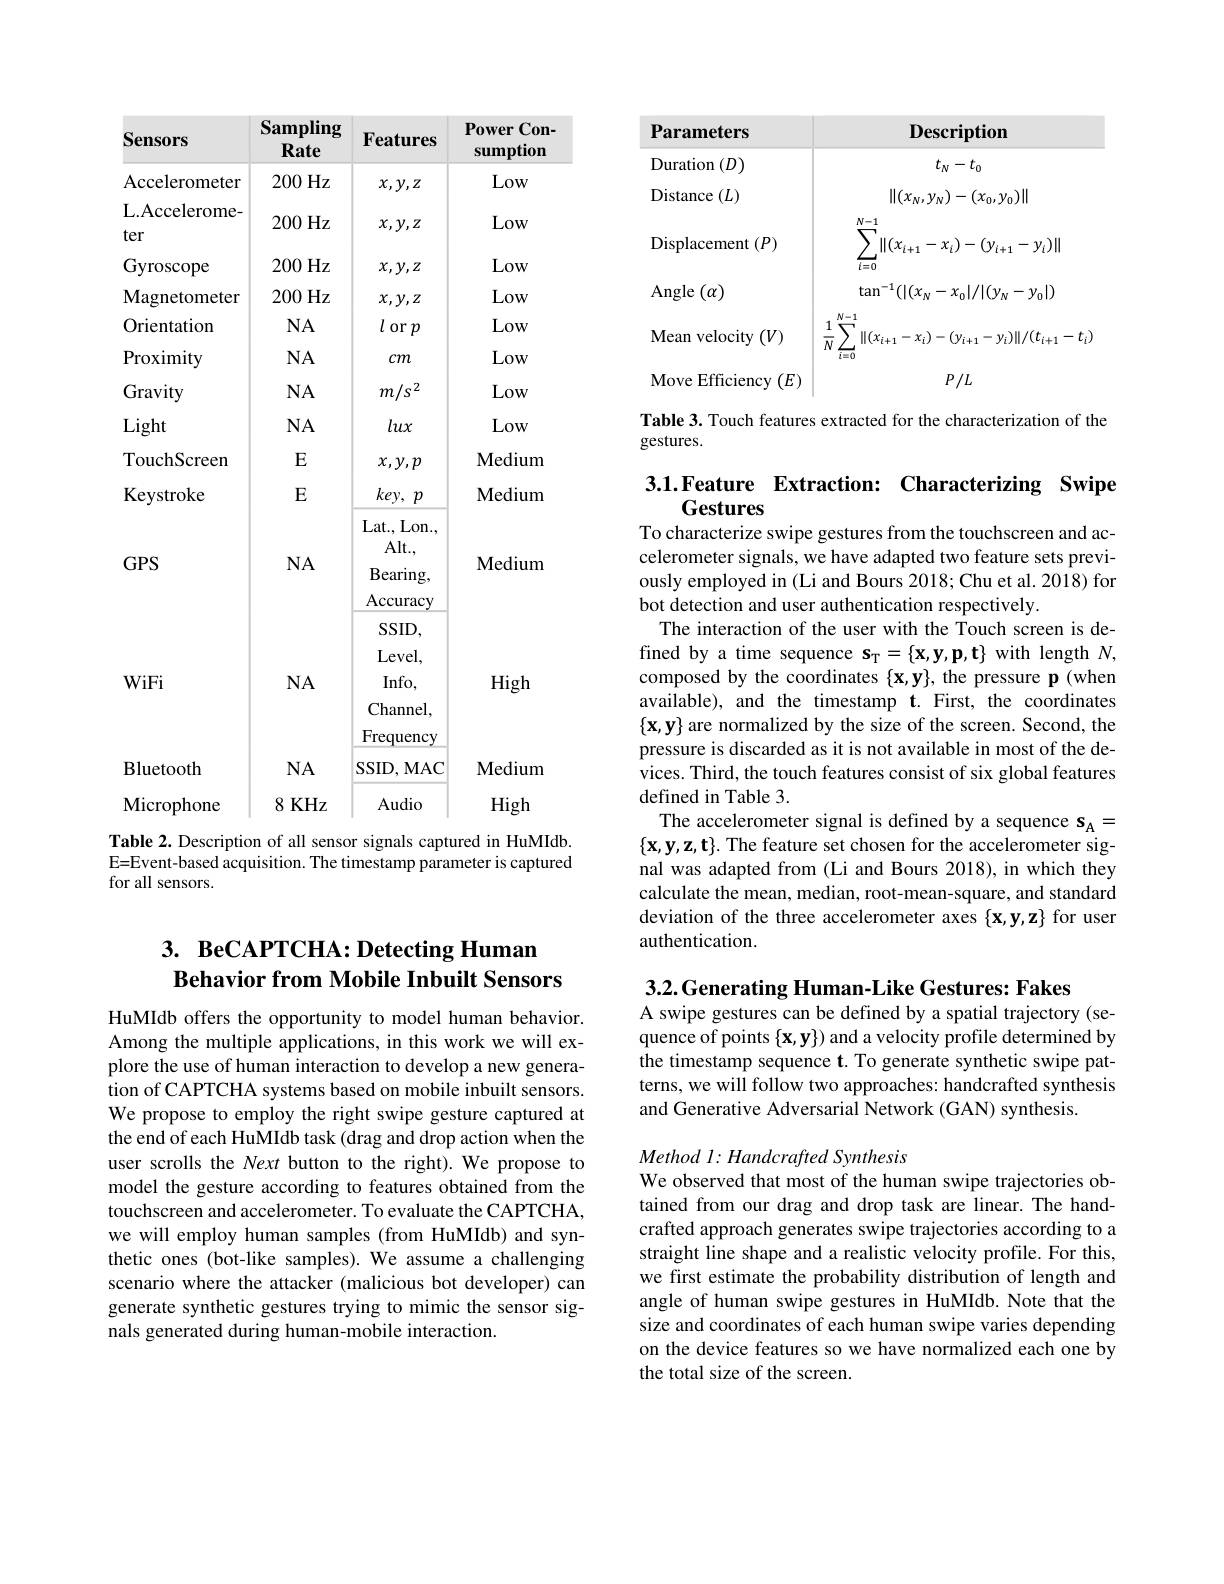
<table>
	<tbody>
		<tr>
			<th>Sensors</th>
			<th>Sampling Rate</th>
			<th>Features</th>
			<th>Power Con- sumption</th>
		</tr>
		<tr>
			<td>Accelerometer</td>
			<td>200Hz</td>
			<td>$x,y,z$</td>
			<td>Low</td>
		</tr>
		<tr>
			<td>L.Accelerome- ter</td>
			<td>200Hz</td>
			<td>$x,y,z$</td>
			<td>Low</td>
		</tr>
		<tr>
			<td>Gyroscope</td>
			<td>200Hz</td>
			<td>$x,y,z$</td>
			<td>Low</td>
		</tr>
		<tr>
			<td>Magnetometer</td>
			<td>200 Hz</td>
			<td>$x,y,z$</td>
			<td>Low</td>
		</tr>
		<tr>
			<td>Orientation</td>
			<td>$NA$</td>
			<td>$l$ or $p$</td>
			<td>Low</td>
		</tr>
		<tr>
			<td>Proximity</td>
			<td>$NA$</td>
			<td>$cm$</td>
			<td>Low</td>
		</tr>
		<tr>
			<td>Gravity</td>
			<td>$NA$</td>
			<td>$m/s^{2}$</td>
			<td>Low</td>
		</tr>
		<tr>
			<td>Light</td>
			<td>$NA$</td>
			<td>lux</td>
			<td>Low</td>
		</tr>
		<tr>
			<td>TouchScreen</td>
			<td>$E$</td>
			<td>$x,y,p$</td>
			<td>Medium</td>
		</tr>
		<tr>
			<td>Keystroke</td>
			<td>$E$</td>
			<td>$key$, $p$ T 1</td>
			<td>Medium</td>
		</tr>
		<tr>
			<td>$GPS$</td>
			<td>$NA$</td>
			<td>Lat. , Lon. , Alt. , $Bearing$, Accuracy</td>
			<td>Medium</td>
		</tr>
		<tr>
			<td>WiFi</td>
			<td>$NA$</td>
			<td>Accuracy $SSID$, Level, Info, Channel, Frequency</td>
			<td>High</td>
		</tr>
		<tr>
			<td>Bluetooth</td>
			<td>$NA$</td>
			<td>SSID, MAC</td>
			<td>Medium</td>
		</tr>
		<tr>
			<td>Microphone</td>
			<td>8 KHz</td>
			<td>Audio</td>
			<td>High</td>
		</tr>
	</tbody>
</table>

Table 2. Description of all sensor signals captured in HuMIdb. E=Event-based acquisition. The timestamp parameter is captured for all sensors.

## $3. \textbf{ BeCAPTCHA: Detecting Human}$ Behavior from Mobile Inbuilt Sensors

HuMIdb offers the opportunity to model human behavior. Among the multiple applications, in this work we will explore the use of human interaction to develop a new generation of CAPTCHA systems based on mobile inbuilt sensors. We propose to employ the right swipe gesture captured at the end of each HuMIdb task (drag and drop action when the user scrolls the Next button to the right).We propose to model the gesture according to features obtained from the touchscreen and accelerometer. To evaluate the CAPTCHA, we will employ human samples (from HuMIdb) and synthetic ones (bot-like samples). We assume a challenging scenario where the attacker (malicious bot developer) can generate synthetic gestures trying to mimic the sensor signals generated during human-mobile interaction.

Table 3. Touch features extracted for the characterization of the
gestures.

## 3.1.Feature Extraction: Characterizing Swipe Gestures To characterize swipe gestures from the touchscreen and ac-

celerometer signals, we have adapted two feature sets previously employed in (Li and Bours 2018; Chu et al. 2018) for bot detection and user authentication respectively
The interaction of the user with the Touch screen is defined by a time sequence $s_\mathrm{T} = \{ \mathbf{x} , \mathbf{y} , \mathbf{p} , \mathbf{t} \}$ with length $N$, composed by the coordinates $\{\mathbf{x},\mathbf{y}\}$, the pressure p (when available), and the timestamp t. First, the coordinates $\{\mathbf{x},\mathbf{y}\}$ are normalized by the size of the screen. Second, the pressure is discarded as it is not available in most of the devices. Third, the touch features consist of six global features defined in Table 3.
The accelerometer signal is defined by a sequence $\mathbf{s}_{\mathrm{A}}=$ $\{\mathbf{x},\mathbf{y},\mathbf{z},\mathbf{t}\}.$ The feature set chosen for the accelerometer signal was adapted from (Li and Bours 2018), in which they calculate the mean, median, root-mean-square, and standard deviation of the three accelerometer axes $\{\mathbf{x},\mathbf{y},\mathbf{z}\}$ for user authentication.

3.2. Generating Human-Like Gestures: Fakes
A swipe gestures can be defined by a spatial trajectory (sequence of points $\{\mathbf{x},\mathbf{y}\})$ and a velocity profile determined by the timestamp sequence t. To generate synthetic swipe patterns, we will follow two approaches: handcrafted synthesis and Generative Adversarial Network (GAN) synthesis.

$Method~l:Handcrafted~Synthesis$
We observed that most of the human swipe trajectories obtained from our drag and drop task are linear. The handcrafted approach generates swipe trajectories according to a straight line shape and a realistic velocity profile. For this, we first estimate the probability distribution of length and angle of human swipe gestures in HuMIdb. Note that the size and coordinates of each human swipe varies depending on the device features so we have normalized each one by the total size of the screen.